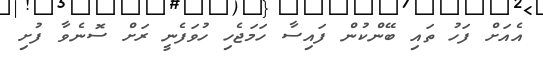
އެއަށް ފަހު ތައި ބޭންކުން ފައިސާ ހަމަޖެހި ހުވަފެނީ ރަށް ސޮނެވާ ފުށި